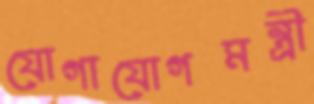
যোগাযোগমন্ত্রী